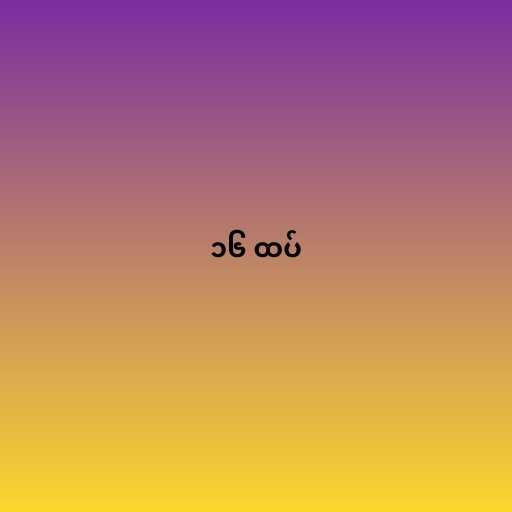
၁၆ ထပ်